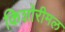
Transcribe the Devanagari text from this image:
किशोरीमल